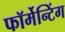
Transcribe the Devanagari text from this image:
फॉर्मेन्टिंग